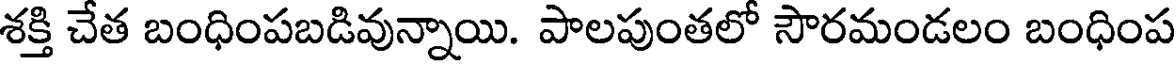
శక్తి చేత బంధింపబడివున్నాయి. పాలపుంతలో సౌరమండలం బంధింప